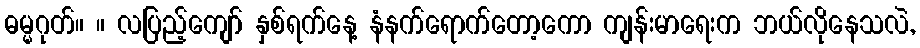
ဓမ္မဂုတ်။ ။ လပြည့်ကျော် နှစ်ရက်နေ့ နံနက်ရောက်တော့ကော ကျန်းမာရေးက ဘယ်လိုနေသလဲ,